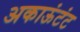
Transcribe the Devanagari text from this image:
अकाऊंटंट